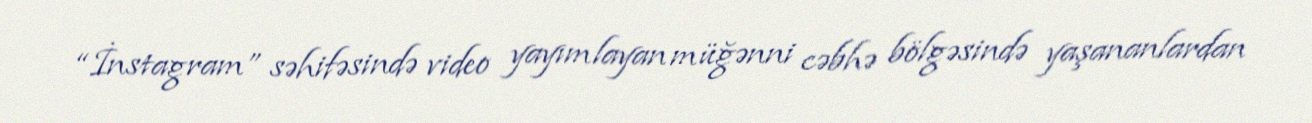
“İnstagram” səhifəsində video yayımlayan müğənni cəbhə bölgəsində yaşananlardan